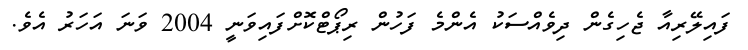
ފައިލޭރިއާ ޖެހިގެން ދިވެއްސަކު އެންމެ ފަހުން ރިޕޯޓްކޮށްފައިވަނީ 2004 ވަނަ އަހަރު އެވެ.